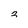
Character: 2